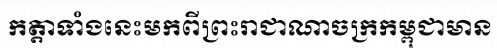
កត្តាទាំងនេះមកពីព្រះរាជាណាចក្រកម្ពុជាមាន